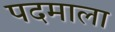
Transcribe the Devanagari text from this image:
पदमाला